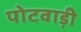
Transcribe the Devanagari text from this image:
पोटवाड़ी